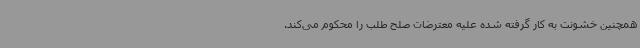
همچنین خشونت به کار گرفته شده علیه معترضات صلح طلب را محکوم می‌کند.